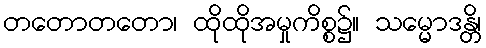
တတောတတော၊ ထိုထိုအမှုကိစ္စ၌။ သမ္မောဒန္တိ၊